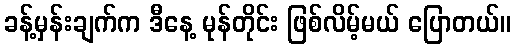
ခန့်မှန်းချက်က ဒီနေ့ မုန်တိုင်း ဖြစ်လိမ့်မယ် ပြောတယ်။